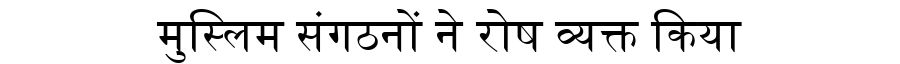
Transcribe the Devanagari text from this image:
मुस्लिम संगठनों ने रोष व्यक्त किया